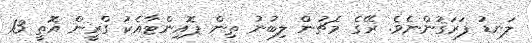
ލަނޑު ފަރަޤުންނެވެ. ރޭގެ މެޗުން ލިބުނު ތިން ޕޮއިންޓާއެކު ގްރީން އޮތީ 13